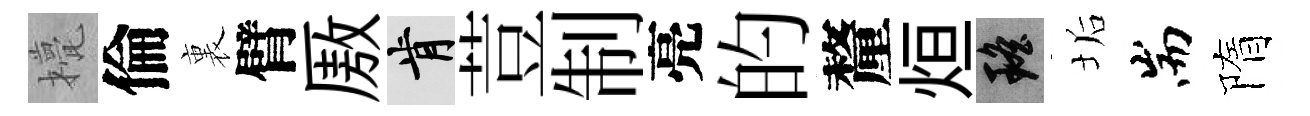
甍倫裏臂厫肯荳制亮的釐烜瑶垢耑隋